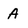
Character: A